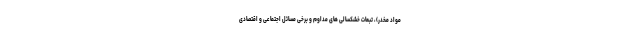
مواد مخدر)، تبعات خشکسالی های مداوم و برخی مسائل اجتماعی و اقتصادی